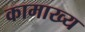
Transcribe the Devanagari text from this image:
कामाख्य